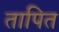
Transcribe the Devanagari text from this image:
तापित